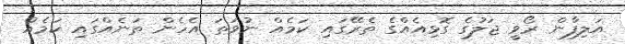
އަލިފާން ރޯވީ ޖަލުގެ ގޮޅިއެއްގެ ތެރޭގައި ކަމެއް ނުވަތަ އެހެން ތަނެއްގައި ކަމެއް